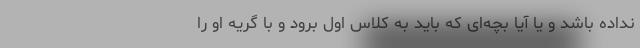
نداده باشد و یا آیا بچه‌ای که باید به کلاس اول برود و با گریه او را